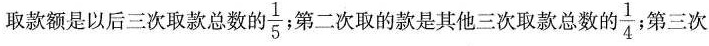
取款额是以后三次取款总数的\frac{1}{5}；第二次取的款是其他三次取款总数的\frac{1}{4}第三次